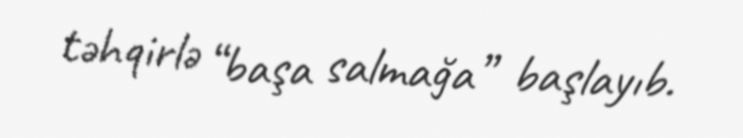
təhqirlə “başa salmağa” başlayıb.